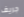
جريف